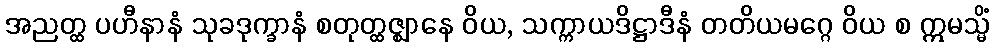
အညတ္ထ ပဟီနာနံ သုခဒုက္ခာနံ စတုတ္ထဇ္ဈာနေ ဝိယ, သက္ကာယဒိဋ္ဌာဒီနံ တတိယမဂ္ဂေ ဝိယ စ ဣမသ္မိံ